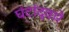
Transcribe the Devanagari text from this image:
घंटांद्वारे